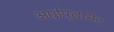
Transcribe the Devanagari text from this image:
आईप्लानेट